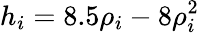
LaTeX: h_{i}=8.5\rho_{i}-8\rho_{i}^{2}